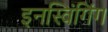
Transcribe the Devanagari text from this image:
इनस्विंगिंग